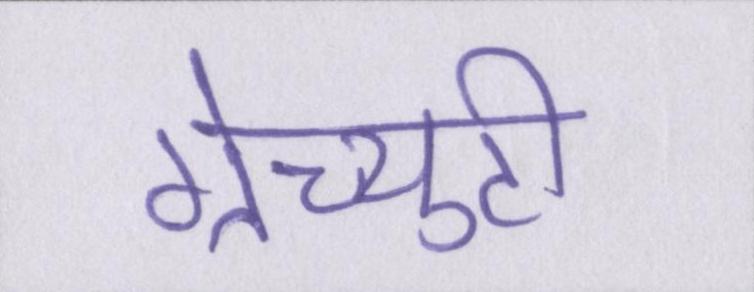
ग्रेच्युटी